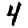
Digit: 4